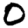
Digit: 0